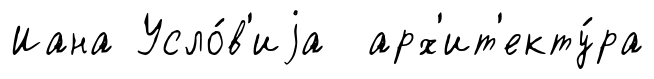
Иана Усло́в'иjа арх'ит'екту́ра